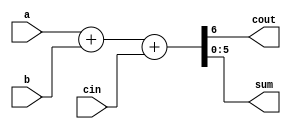
// This program was cloned from: https://github.com/lnis-uofu/OpenFPGA
// License: MIT License

// Creating a scaleable adder

module adder_6(cout, sum, a, b, cin);
parameter size = 6;  /* declare a parameter. default required */
output cout;
output [size-1:0] sum; 	 // sum uses the size parameter
input cin;
input [size-1:0] a, b;  // 'a' and 'b' use the size parameter

assign {cout, sum} = a + b + cin;

endmodule